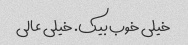
خیلی خوب بیک. خیلی عالی